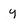
Character: y